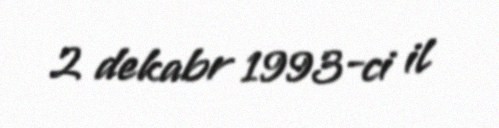
2 dekabr 1993-ci il